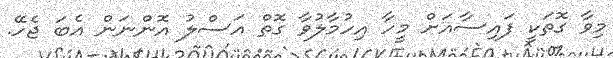
މިވާ ގޮތަކީ ފައިސާއަށް މީހާ އިހުމާލުވާ ގޮތް އަސްލު އޮންނަން އެބަ ޖެހޭ.